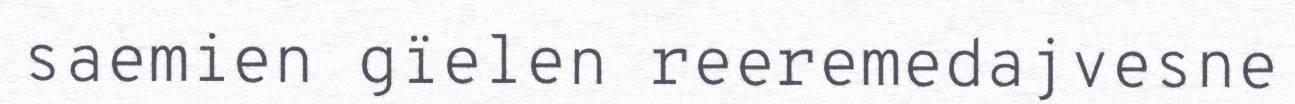
saemien gïelen reeremedajvesne